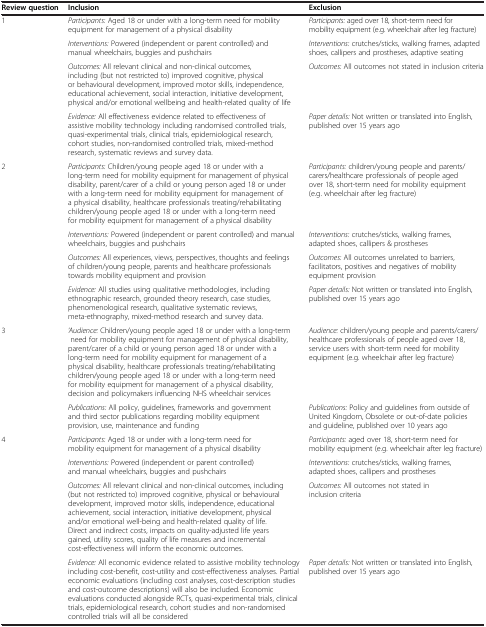
<table><thead><tr><td><b>Review question</b></td><td><b>Inclusion</b></td><td><b>Exclusion</b></td></tr></thead><tbody><tr><td rowspan="4">1</td><td><i>Participants:</i> Aged 18 or under with a long-term need for mobility equipment for management of a physical disability</td><td><i>Participants:</i> aged over 18, short-term need for mobility equipment (e.g. wheelchair after leg fracture)</td></tr><tr><td><i>Interventions:</i> Powered (independent or parent controlled) and manual wheelchairs, buggies and pushchairs</td><td><i>Interventions:</i> crutches/sticks, walking frames, adapted shoes, callipers and prostheses, adaptive seating</td></tr><tr><td><i>Outcomes:</i> All relevant clinical and non-clinical outcomes, including (but not restricted to) improved cognitive, physical or behavioural development, improved motor skills, independence, educational achievement, social interaction, initiative development, physical and/or emotional wellbeing and health-related quality of life</td><td><i>Outcomes:</i> All outcomes not stated in inclusion criteria</td></tr><tr><td><i>Evidence:</i> All effectiveness evidence related to effectiveness of assistive mobility technology including randomised controlled trials, quasi-experimental trials, clinical trials, epidemiological research, cohort studies, non-randomised controlled trials, mixed-method research, systematic reviews and survey data.</td><td><i>Paper details:</i> Not written or translated into English, published over 15 years ago</td></tr><tr><td rowspan="4">2</td><td><i>Participants:</i> Children/young people aged 18 or under with a long-term need for mobility equipment for management of physical disability, parent/carer of a child or young person aged 18 or under with a long-term need for mobility equipment for management of a physical disability, healthcare professionals treating/rehabilitating children/young people aged 18 or under with a long-term need for mobility equipment for management of a physical disability</td><td><i>Participants:</i> children/young people and parents/carers/healthcare professionals of people aged over 18, short-term need for mobility equipment (e.g. wheelchair after leg fracture)</td></tr><tr><td><i>Interventions:</i> Powered (independent or parent controlled) and manual wheelchairs, buggies and pushchairs</td><td><i>Interventions:</i> crutches/sticks, walking frames, adapted shoes, callipers &amp; prostheses</td></tr><tr><td><i>Outcomes:</i> All experiences, views, perspectives, thoughts and feelings of children/young people, parents and healthcare professionals towards mobility equipment and provision</td><td><i>Outcomes:</i> All outcomes unrelated to barriers, facilitators, positives and negatives of mobility equipment provision</td></tr><tr><td><i>Evidence:</i> All studies using qualitative methodologies, including ethnographic research, grounded theory research, case studies, phenomenological research, qualitative systematic reviews, meta-ethnography, mixed-method research and survey data.</td><td><i>Paper details:</i> Not written or translated into English, published over 15 years ago</td></tr><tr><td rowspan="2">3</td><td><i>‘Audience:</i> Children/young people aged 18 or under with a long-term need for mobility equipment for management of physical disability, parent/carer of a child or young person aged 18 or under with a long-term need for mobility equipment for management of a physical disability, healthcare professionals treating/rehabilitating children/young people aged 18 or under with a long-term need for mobility equipment for management of a physical disability, decision and policymakers influencing NHS wheelchair services</td><td><i>Audience:</i> children/young people and parents/carers/healthcare professionals of people aged over 18, service users with short-term need for mobility equipment (e.g. wheelchair after leg fracture)</td></tr><tr><td><i>Publications:</i> All policy, guidelines, frameworks and government and third sector publications regarding mobility equipment provision, use, maintenance and funding</td><td><i>Publications:</i> Policy and guidelines from outside of United Kingdom, Obsolete or out-of-date policies and guideline, published over 10 years ago</td></tr><tr><td rowspan="4">4</td><td><i>Participants:</i> Aged 18 or under with a long-term need for mobility equipment for management of a physical disability</td><td><i>Participants:</i> aged over 18, short-term need for mobility equipment (e.g. wheelchair after leg fracture)</td></tr><tr><td><i>Interventions:</i> Powered (independent or parent controlled) and manual wheelchairs, buggies and pushchairs</td><td><i>Interventions:</i> crutches/sticks, walking frames, adapted shoes, callipers and prostheses</td></tr><tr><td><i>Outcomes:</i> All relevant clinical and non-clinical outcomes, including (but not restricted to) improved cognitive, physical or behavioural development, improved motor skills, independence, educational achievement, social interaction, initiative development, physical and/or emotional well-being and health-related quality of life. Direct and indirect costs, impacts on quality-adjusted life years gained, utility scores, quality of life measures and incremental cost-effectiveness will inform the economic outcomes.</td><td><i>Outcomes:</i> All outcomes not stated in inclusion criteria</td></tr><tr><td><i>Evidence:</i> All economic evidence related to assistive mobility technology including cost-benefit, cost-utility and cost-effectiveness analyses. Partial economic evaluations (including cost analyses, cost-description studies and cost-outcome descriptions) will also be included. Economic evaluations conducted alongside RCTs, quasi-experimental trials, clinical trials, epidemiological research, cohort studies and non-randomised controlled trials will all be considered</td><td><i>Paper details:</i> Not written or translated into English, published over 15 years ago</td></tr></tbody></table>